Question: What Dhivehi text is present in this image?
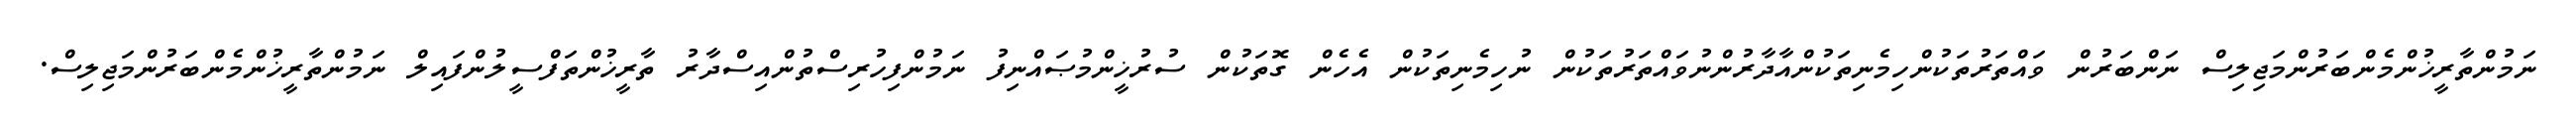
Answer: ނަމުންތާރީޚުންމެންބަރުންމަޖިލިސް ނަންބަރުން ވައްތަރުތަކުންހިމެނިތަކުންއާދާރުންނުވައްތަރުތަކުން ނުހިމެނިތަކުން އެހެން ގޮތަކުން ސުރުޚީންމުޞައްނިފު ނަމުންފިހުރިސްތުންއިސްދާރު ތާރީޚުންތަފްސީލުންފައިލް ނަމުންތާރީޚުންމެންބަރުންމަޖިލިސް.